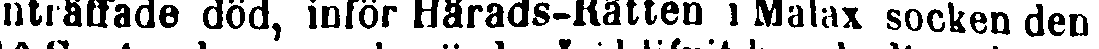
inträffade död, inför Härads-Rätten i Malax socken den